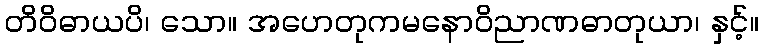
တိဝိဓာယပိ၊ သော။ အဟေတုကမနောဝိညာဏဓာတုယာ၊ နှင့်။